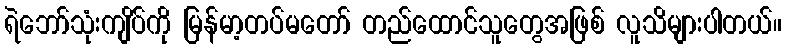
ရဲဘော်သုံးကျိပ်ကို မြန်မာ့တပ်မတော် တည်ထောင်သူတွေအဖြစ် လူသိများပါတယ်။